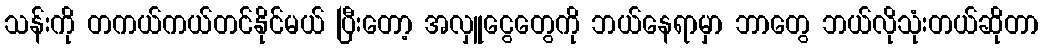
သန်းကို တကယ်ကယ်တင်နိုင်မယ် ပြီးတော့ အလှူငွေတွေကို ဘယ်နေရာမှာ ဘာတွေ ဘယ်လိုသုံးတယ်ဆိုတာ